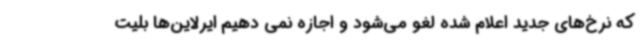
که نرخ‌های جدید اعلام شده لغو می‌شود و اجازه نمی دهیم ایرلاین‌ها بلیت